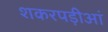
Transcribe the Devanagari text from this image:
शकरपड़ीआं